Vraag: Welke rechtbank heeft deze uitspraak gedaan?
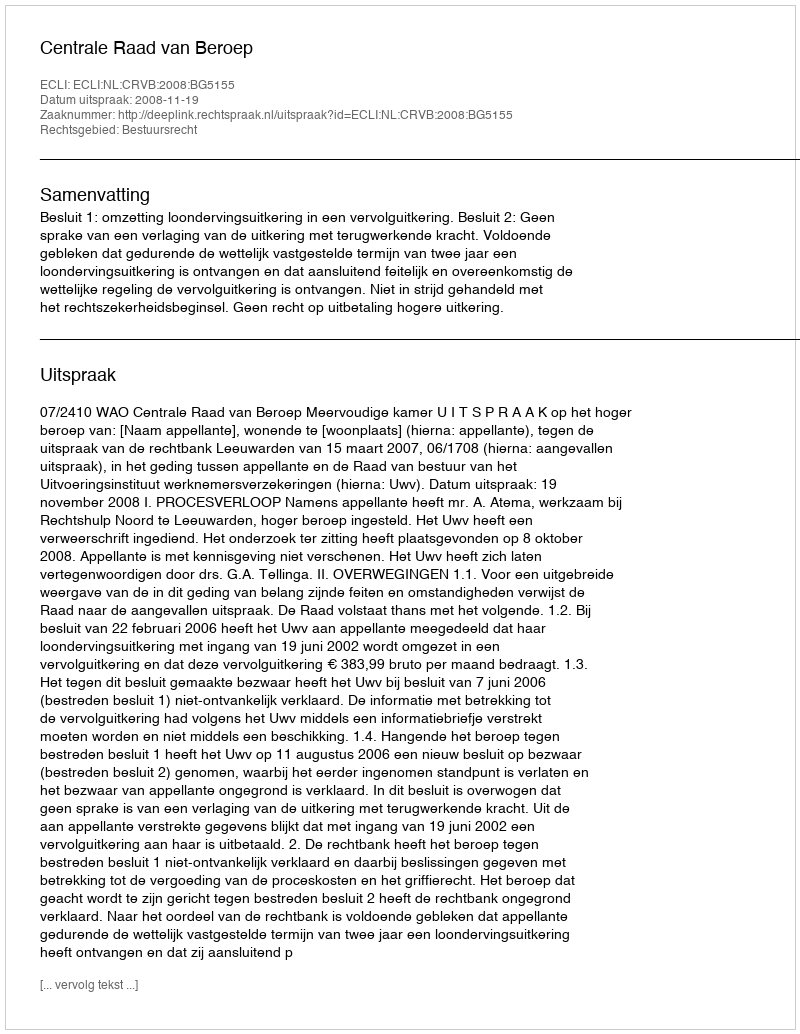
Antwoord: Centrale Raad van Beroep